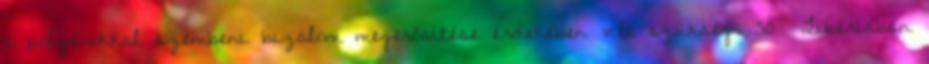
a polgárokkal szembeni bizalom megerősítése érdekében volt szükség. 50 Libériában